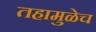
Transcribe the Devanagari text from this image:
तहामुळेच